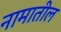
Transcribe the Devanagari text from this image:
नामातील